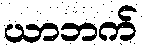
ယာဘက်